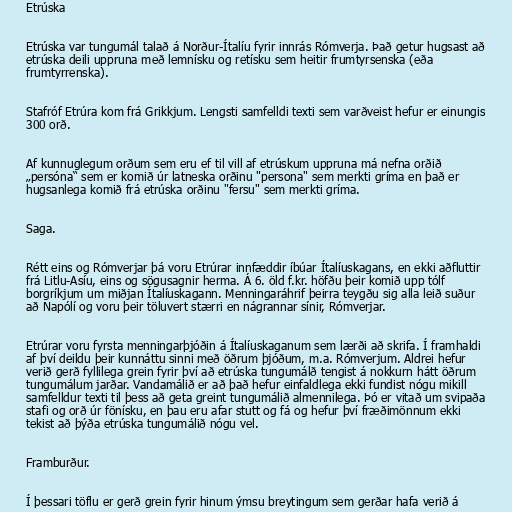
Etrúska

Etrúska var tungumál talað á Norður-Ítalíu fyrir innrás Rómverja. Það getur hugsast að
etrúska deili uppruna með lemnísku og retísku sem heitir frumtyrsenska (eða
frumtyrrenska).

Stafróf Etrúra kom frá Grikkjum. Lengsti samfelldi texti sem varðveist hefur er einungis
300 orð.

Af kunnuglegum orðum sem eru ef til vill af etrúskum uppruna má nefna orðið
„persóna“ sem er komið úr latneska orðinu "persona" sem merkti gríma en það er
hugsanlega komið frá etrúska orðinu "fersu" sem merkti gríma.

Saga.

Rétt eins og Rómverjar þá voru Etrúrar innfæddir íbúar Ítalíuskagans, en ekki aðfluttir
frá Litlu-Asíu, eins og sögusagnir herma. Á 6. öld f.kr. höfðu þeir komið upp tólf
borgríkjum um miðjan Ítalíuskagann. Menningaráhrif þeirra teygðu sig alla leið suður
að Napólí og voru þeir töluvert stærri en nágrannar sínir, Rómverjar.

Etrúrar voru fyrsta menningarþjóðin á Ítalíuskaganum sem lærði að skrifa. Í framhaldi
af því deildu þeir kunnáttu sinni með öðrum þjóðum, m.a. Rómverjum. Aldrei hefur
verið gerð fyllilega grein fyrir því að etrúska tungumálð tengist á nokkurn hátt öðrum
tungumálum jarðar. Vandamálið er að það hefur einfaldlega ekki fundist nógu mikill
samfelldur texti til þess að geta greint tungumálið almennilega. Þó er vitað um svipaða
stafi og orð úr fönísku, en þau eru afar stutt og fá og hefur því fræðimönnum ekki
tekist að þýða etrúska tungumálið nógu vel.

Framburður.

Í þessari töflu er gerð grein fyrir hinum ýmsu breytingum sem gerðar hafa verið á